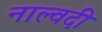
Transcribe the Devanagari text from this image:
नाल्वदी